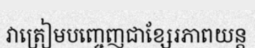
វាត្រៀមបញ្ចេញជាខ្សែរភាពយន្ត